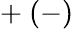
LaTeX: +\ (-)